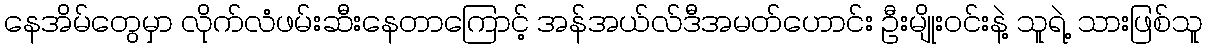
နေအိမ်တွေမှာ လိုက်လံဖမ်းဆီးနေတာကြောင့် အန်အယ်လ်ဒီအမတ်ဟောင်း ဦးမျိုးဝင်းနဲ့ သူရဲ့ သားဖြစ်သူ